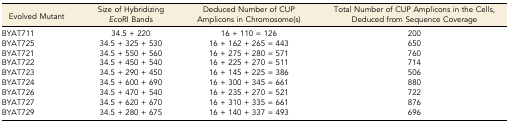
<table><thead><tr><td><b>Evolved Mutant</b></td><td><b>Size of Hybridizing <i>Eco</i>RI Bands</b></td><td><b>Deduced Number of CUP Amplicons in Chromosome(s)</b></td><td><b>Total Number of CUP Amplicons in the Cells, Deduced from Sequence Coverage</b></td></tr></thead><tbody><tr><td>BYAT711</td><td>34.5 + 220</td><td>16 + 110 = 126</td><td>200</td></tr><tr><td>BYAT725</td><td>34.5 + 325 + 530</td><td>16 + 162 + 265 = 443</td><td>650</td></tr><tr><td>BYAT721</td><td>34.5 + 550 + 560</td><td>16 + 275 + 280 = 571</td><td>760</td></tr><tr><td>BYAT722</td><td>34.5 + 450 + 540</td><td>16 + 225 + 270 = 511</td><td>714</td></tr><tr><td>BYAT723</td><td>34.5 + 290 + 450</td><td>16 + 145 + 225 = 386</td><td>506</td></tr><tr><td>BYAT724</td><td>34.5 + 600 + 690</td><td>16 + 300 + 345 = 661</td><td>880</td></tr><tr><td>BYAT726</td><td>34.5 + 470 + 540</td><td>16 + 235 + 270 = 521</td><td>722</td></tr><tr><td>BYAT727</td><td>34.5 + 620 + 670</td><td>16 + 310 + 335 = 661</td><td>876</td></tr><tr><td>BYAT729</td><td>34.5 + 280 + 675</td><td>16 + 140 + 337 = 493</td><td>696</td></tr></tbody></table>